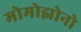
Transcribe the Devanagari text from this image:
मोमोझोनो